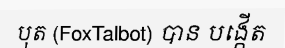
បុត (FoxTalbot) បាន បង្កើត